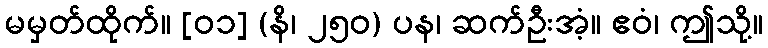
မမှတ်ထိုက်။ [၀၁] (နိ၊ ၂၅၀) ပန၊ ဆက်ဦးအံ့။ ဧဝံ၊ ဤသို့။